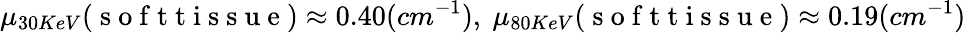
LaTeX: \mu_{30KeV}(\mathrm{~s~o~f~t~t~i~s~s~u~e~})\approx 0.40(cm^{-1}),~\mu_{80KeV}(\mathrm{~s~o~f~t~t~i~s~s~u~e~})\approx 0.19(cm^{-1})